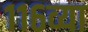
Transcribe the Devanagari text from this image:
११६व्या